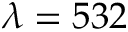
\lambda = 5 3 2